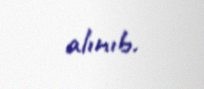
alınıb.